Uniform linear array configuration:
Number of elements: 32
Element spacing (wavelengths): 1
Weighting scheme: cosine
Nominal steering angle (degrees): -30
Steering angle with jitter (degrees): -28.455
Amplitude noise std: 0.05
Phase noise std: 0.05

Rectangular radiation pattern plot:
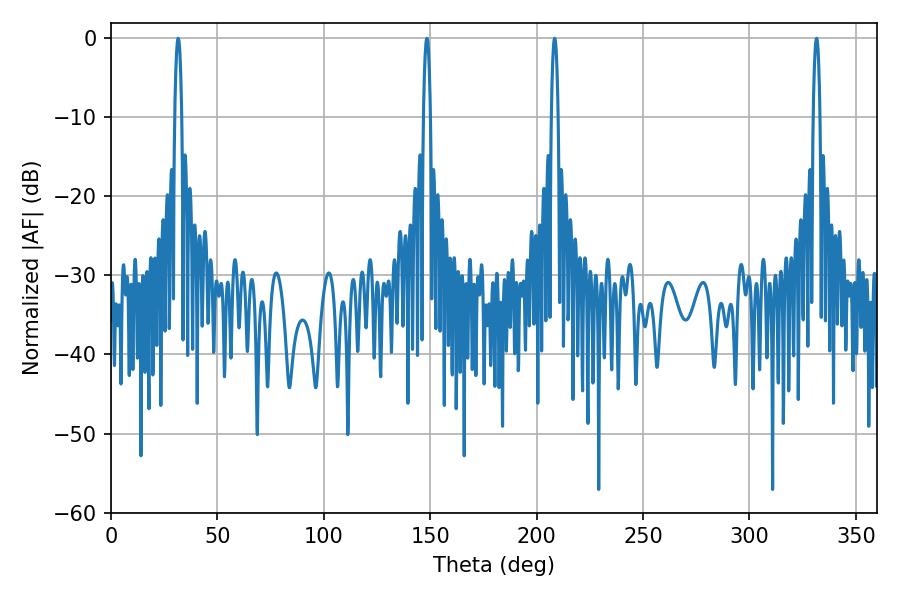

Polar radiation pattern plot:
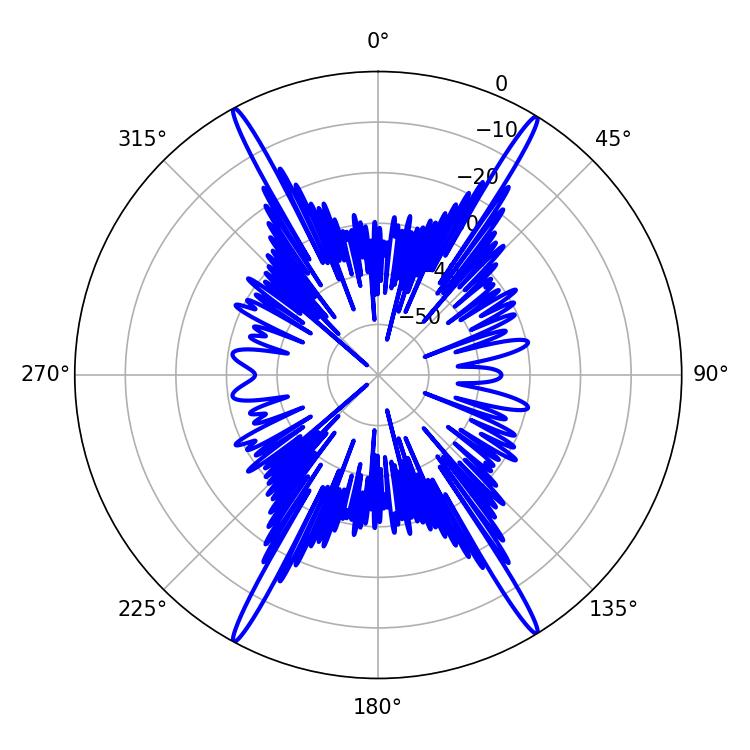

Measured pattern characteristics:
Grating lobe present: TRUE
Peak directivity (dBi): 26.408
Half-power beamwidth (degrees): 1.8
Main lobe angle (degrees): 208.44